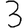
Digit: 3